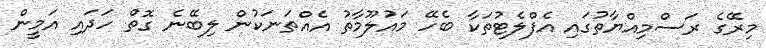
މިރޭގެ ރަސްމިއްޔާތުގައި އެފްލެޓުތަކާ ބެހޭ މައުލޫމާތު އެއްތަނަކުން ލިބޭނެ ގޮތް ހަދައި އަމީން